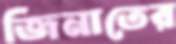
জিনাতের